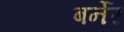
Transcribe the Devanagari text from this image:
बर्नेर